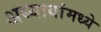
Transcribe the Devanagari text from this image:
अध्यायांमध्ये